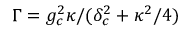
\Gamma = g _ { c } ^ { 2 } \kappa / ( \delta _ { c } ^ { 2 } + \kappa ^ { 2 } / 4 )